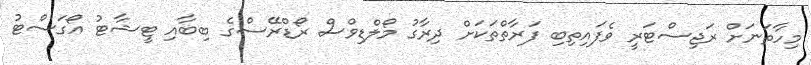
މިހާތަނަށް ރަޖިސްޓަރީ ވެފައިތިބި ފަރާތްތަކަށް ދިރާގު މޯލްޑިވްސް ރޯޑްރޭސްގެ ބިބާއި ޓީޝާޓު އޯގަސްޓު